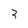
Character: 3